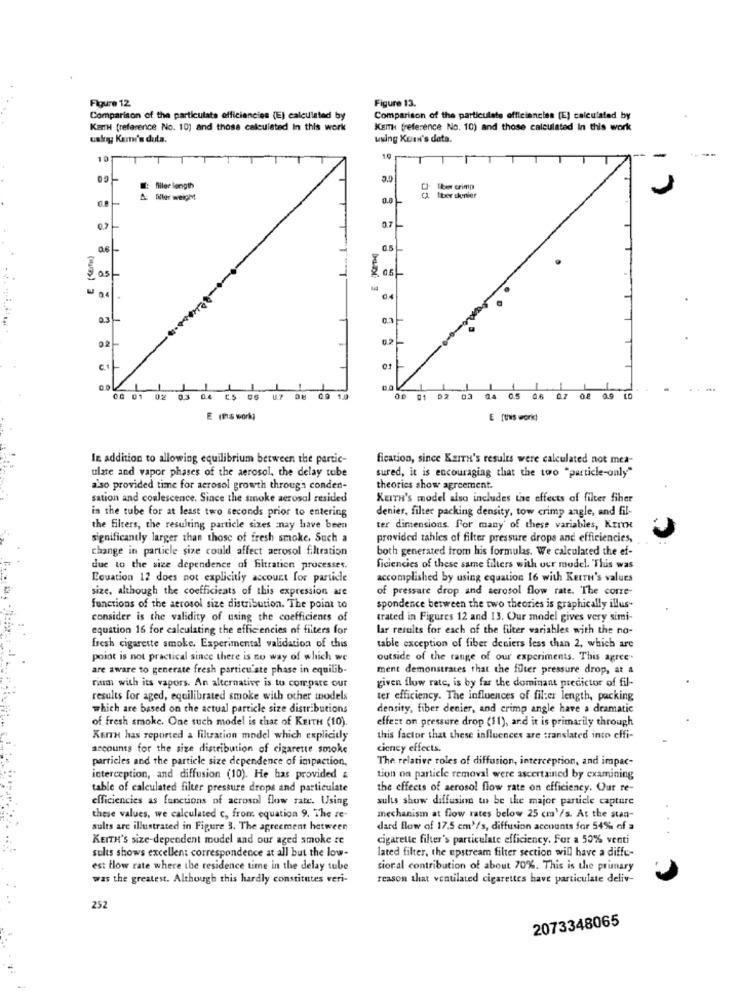
Figure 12
Figure 13.
Comparison of the particulate efficiencies (E) calculated by
Comparison of the particulate efficiencies (E) calculated by
KEITH (reference No. 10) and those calculated In this work
KEITH (reference No. 10) and those calculated In this work
usky Kemi'm dula.
using Kuin's data.
10
: filer length
DI Bber crimp
A: Mler weight
0.8
CA. fiber thenier
0.7
07
04
04
0.3
0.3
02
01
1
00 01 02 0.3
1.7
00 01 02 03 04 0.5 06 07 08 0.9 10
E (ts work)
E [this work)
In addition to allowing equilibrium between the partic-
fication, since KEITH's results were calculated not mea-
ulate and vapor phases of the aerosol, the delay tube
sured, it is encouraging that the two "particle-only"
a'so provided time for aerosol growth through conden-
theories show agreement.
sation and coalescence. Since the smoke aerosol resided
KEITH's model also includes the effects of filter fiher
in the tube for at least two seconds prior to entering
denier, filter packing density, tow crimp angle, and fil-
the filters, the resulting particle sizes =nay have been
ter dimensions. For many of these variables, KEITH
significantly larger than those of fresh smoke. Such a
provided tahles of filter pressure drops and efficiencies,
change in particle size could affect aerosol filtration
both generated from his formulas. We calculated the ef-
due to the size dependence of filtration processes.
ficiencies of these same filters with our model. This was
Equation 12 does not explicitly account for particle
accomplished by using equation 16 with KEITH's values
size, although the coefficients of this expression are
of pressure drop and aerosol flow rate. The core-
functions of the aerosol size distribution. The point to
spondence between the two theories is graphically illus-
consider is the validity of using the coefficients of
trated in Figures 12 and 13. Our model gives very simi-
equation 16 for calculating the efficiencies of filters for
lar results for each of the filter variables with the no-
fresh cigarette smoke. Experimental validation of this
table exception of fiber deniers less than 2, which are
point is not practical since there is no way of which we
outside of the range of our experiments. This agree.
are aware to generate fresh particu ste phase in equilib-
ment demonstrates that the futer pressure drop, at &
given flow rate, is by far the dominant predictor of fil-
rium with its vapors. An alternative is to compare our
results for aged, equilibrated smoke with other models
ter efficiency. The influences of fil:er length, packing
which are based on the actual particle size distributions
density, fiber denier, and crimp angle have a dramatic
of fresh smoke. One such model is that of KEITH (10).
effect on pressure drop (11), and it is primarily through
Korre has reported a filtration model which explicitly
this factor that these influences are translated into effi-
accounts for the size distribution of cigarette smoke
ciency effects.
particles and the particle size dependence of impaction,
The relative roles of diffusion, interception, and impac-
interception, and diffusion (10). He has provided &
tion on particle removal were ascertained by examining
table of calculated filter pressure drops and particulate
the effects of aerosol flow rate on efficiency. Our re-
efficiencies as functions of aerosol flow rate. Using
suls show diffusion to be the major particle capture
these values, we calculated c, from equation 9. The re-
mechanism at flow rates below 25 cm'/s. At the stan-
sults are illustrated in Figure 3. The agreement between
dard flow of 17.5 cm'/'s, diffusion accounts for 54% of a
KEITH'S size-dependent model and our aged smoke re
cigarette filter's particulate efficiency. For a 50% venti
sults shows excellent correspondence at all but the low-
lated filter, the upstream filter section will have a diffe-
est flow rate where the residence time in the delay tube
sioral contribution of about 70%. This is the primary
was the greatest. Although this hardly constitutes veri-
reason that ventilated cigarettes have particulate deliv-
252
2073348065